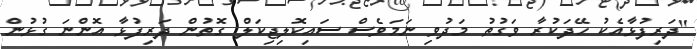
"ދަރިފުޅާއެކު ހޭދަކުރާ ވަގުތު މަދުވި ނަމަވެސް ސައިކޮލިޖިކަލް ގޮތުން ދަރިފުޅާ އޮންނަ ގުޅުން